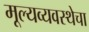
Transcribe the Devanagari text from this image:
मूल्यव्यवस्थेचा